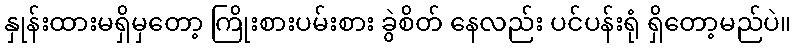
နှုန်းထားမရှိမှတော့ ကြိုးစားပမ်းစား ခွဲစိတ် နေလည်း ပင်ပန်းရုံ ရှိတော့မည်ပဲ။